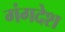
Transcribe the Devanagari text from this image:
गंगदेश